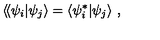
\langle \! \langle \psi _ { i } | \psi _ { j } \rangle = \langle \psi _ { i } ^ { * } | \psi _ { j } \rangle \ ,